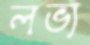
লভ্য